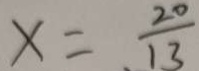
x = \frac { 2 0 } { 1 3 }